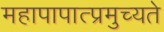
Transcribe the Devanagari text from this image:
महापापात्प्रमुच्यते